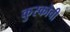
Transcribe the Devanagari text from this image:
कुस्कोची